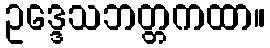
ဥဒ္ဒေသဘတ္တကထာ။